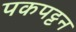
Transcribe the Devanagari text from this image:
पकपट्टन